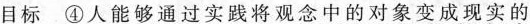
目标 ④人能够通过实践将观念中的对象变成现实的